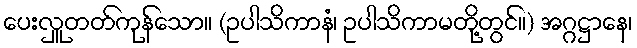
ပေးလှူတတ်ကုန်သော။ (ဥပါသိကာနံ၊ ဥပါသိကာမတို့တွင်။) အဂ္ဂဋ္ဌာနေ၊